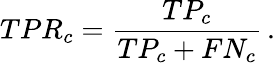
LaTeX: TPR_{c}=\frac{TP_{c}}{TP_{c}+FN_{c}}\, .